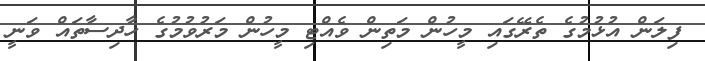
ފިލަން އުޅުމުގެ ތެރޭގައި މީހުން މަތިން ވެއްޓި މީހުން މަރުވުމުގެ ހާދިސާތައް ވަނީ